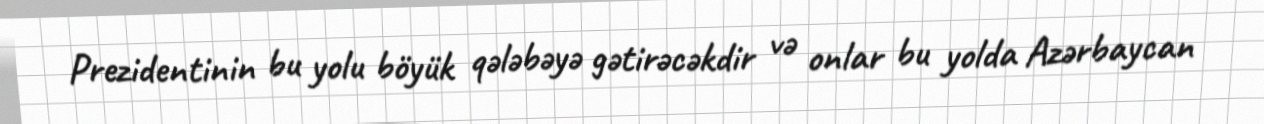
Prezidentinin bu yolu böyük qələbəyə gətirəcəkdir və onlar bu yolda Azərbaycan